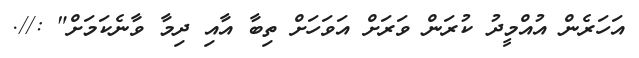
އަހަރެން އުއްމީދު ކުރަން ވަރަށް އަވަހަށް ތިބާ އާއި ދިމާ ވާނެކަމަށް" ://.